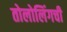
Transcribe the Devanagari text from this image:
तोलोलिंगची